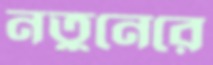
নতুনেরে